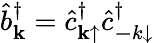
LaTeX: \hat{b}_{{\mathbf k}}^{\dagger}=\hat{c}_{{\mathbf k}\mathrm{\uparrow}}^{\dagger}\hat{c}_{{\mathbf-k}\mathrm{\downarrow}}^{\dagger}